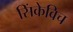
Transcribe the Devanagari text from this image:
सिंकेविच